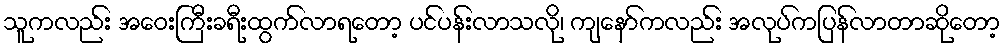
သူကလည်း အဝေးကြီးခရီးထွက်လာရတော့ ပင်ပန်းလာသလို၊ ကျနော်ကလည်း အလုပ်ကပြန်လာတာဆိုတော့